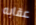
عقابه